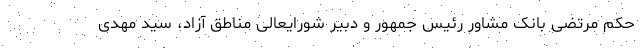
حکم مرتضی بانک مشاور رئیس جمهور و دبیر شورایعالی مناطق آزاد، سید مهدی